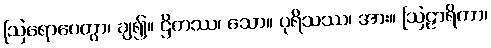
ဩရောပေတွာ၊ ချ၍။ ဌိတဿ၊ သော။ ပုရိသဿ၊ အား။ ဩဠာရိကာ၊